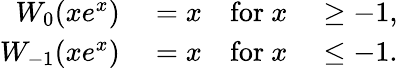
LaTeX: \begin{array}{rlrl}{W_{0}(xe^{x})}&{{}=x}&{{\mathrm{for~}}x}&{{}\geq-1,}\\ {W_{-1}(xe^{x})}&{{}=x}&{{\mathrm{for~}}x}&{{}\leq-1.}\end{array}